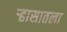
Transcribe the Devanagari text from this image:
र्‍हासातला